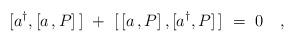
LaTeX: \begin{align*}[a^\dagger, [a\,,P]\,]\ +\ [\,[a\,,P]\,,[a^\dagger ,P]\,]\ =\ 0 \quad,\end{align*}